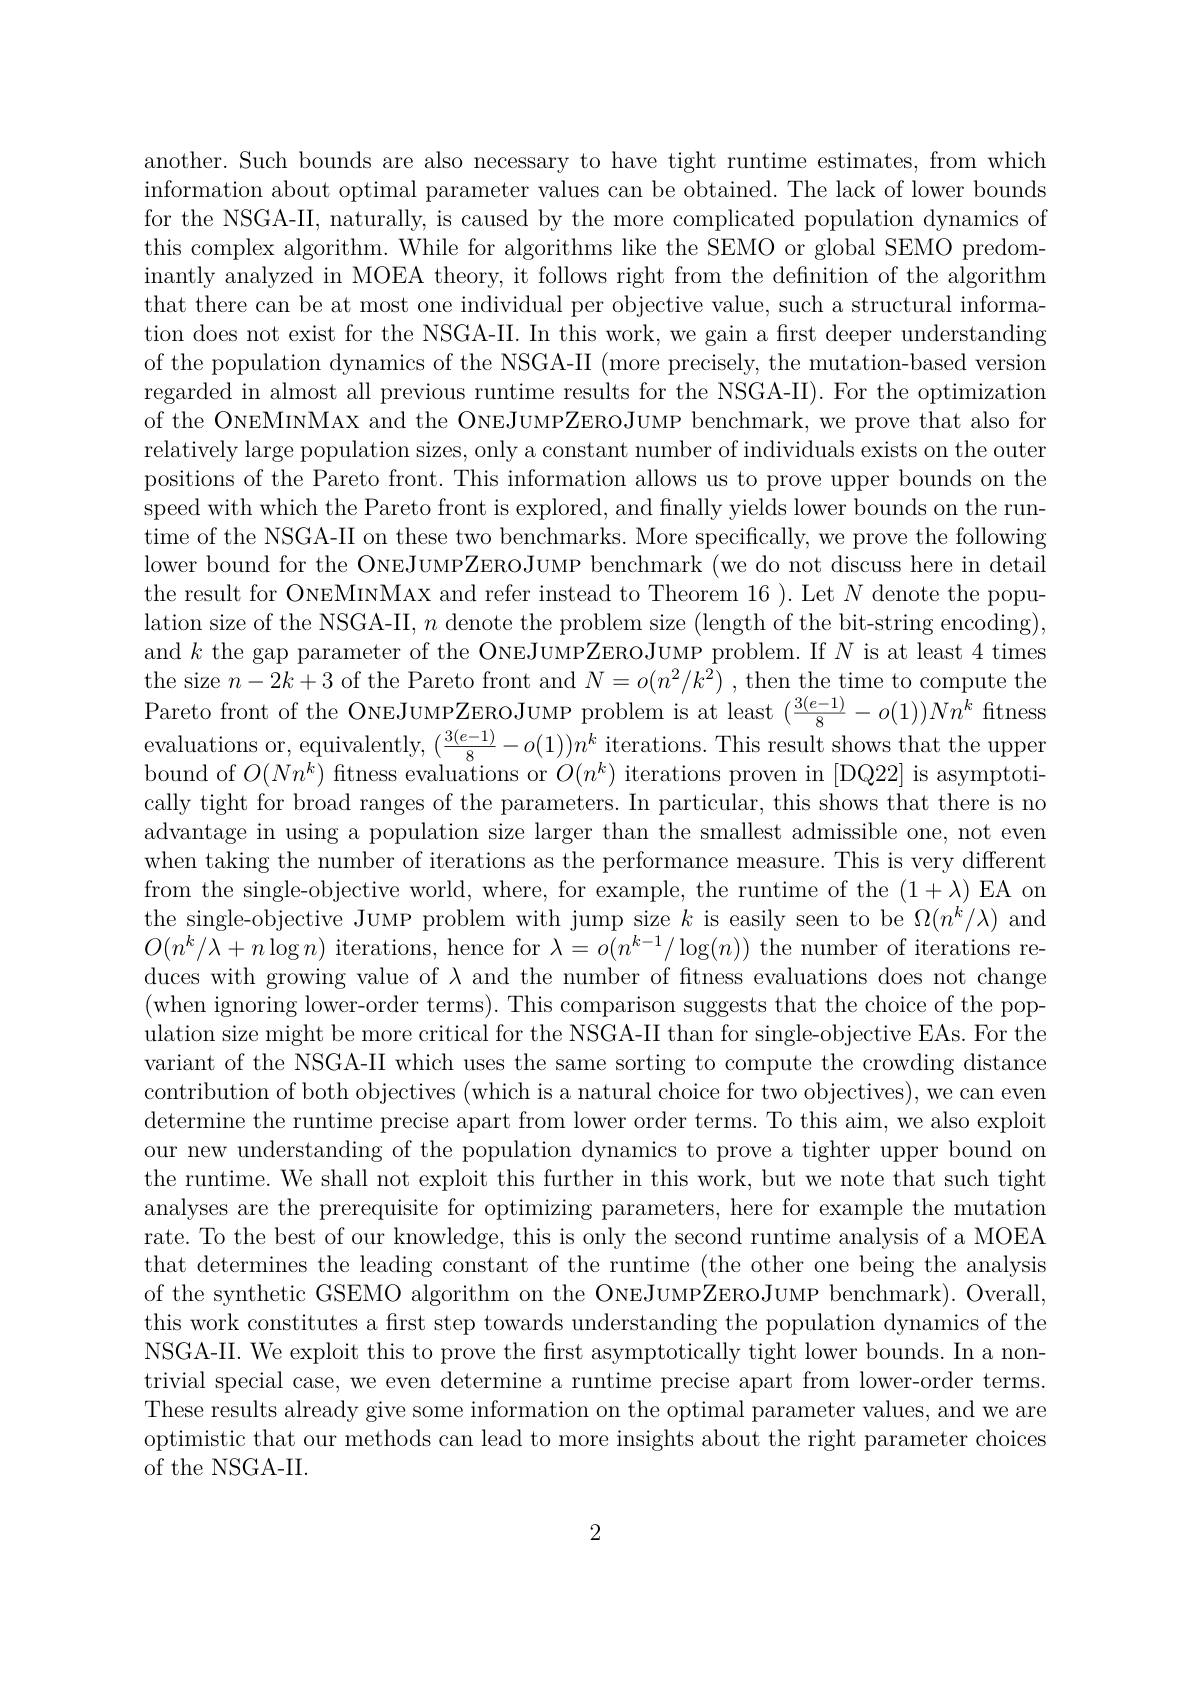
another. Such bounds are also necessary to have tight runtime estimates, from which information about optimal parameter values can be obtained. The lack of lower bounds for the NSGA-II, naturally, is caused by the more complicated population dynamics of this complex algorithm. While for algorithms like the SEMO or global SEMO predominantly analyzed in MOEA theory, it follows right from the defnition of the algorithm that there can be at most one individual per objective value, such a structural information does not exist for the NSGA-II. In this work, we gain a first deeper understanding of the population dynamics of the NSGA-II (more precisely, the mutation-based version regarded in almost all previous runtime results for the NSGA-II). For the optimization of the ONEMINMAX and the ONEJUMPZEROJUMP benchmark, we prove that also for relatively large population sizes, only a constant number of individuals exists on the outer positions of the Pareto front. This information allows us to prove upper bounds on the speed with which the Pareto front is explored, and finally yields lower bounds on the runtime of the NSGA-II on these two benchmarks. More specifically, we prove the following lower bound for the ONEJUMPZEROJUMP benchmark (we do not discuss here in detail the result for ONEMINMAX and refer instead to Theorem 16 ). Let $N$ denote the population size of the NSGA-II, $n$ denote the problem size (length of the bit-string encoding), and $k$ the gap parameter of the ONEJUMPZEROJUMP problem.If $N$ is at least 4 times the size $n-2k+3$ of the Pareto front and $N=o(n^2/k^2)$ , then the time to compute the Pareto front of the ONEJUMPZEROJUMP problem is at least $(\frac{3(e-1)}8-o(1))Nn^{\bar{k}}$ fitness evaluations or, equivalently, $(\frac{3(e-1)}{8}-o(1))n^k$ iterations. This result shows that the upper bound of $O(Nn^k)$ fitness evaluations or $O(n^k)$ iterations proven in [DQ22] is asymptotically tight for broad ranges of the parameters. In particular, this shows that there is no advantage in using a population size larger than the smallest admissible one, not even when taking the number of iterations as the performance measure. This is very different from the single-objective world, where, for example, the runtime of the $(1+\lambda)$ EA on the single-objective JUMP problem with jump size $k$ is easily seen to be $\Omega(n^{k}/\lambda)$ and $O(n^{k}/\lambda+n\log n)$ iterations, hence for $\lambda=o(n^{k-1}/\log(n))$ the number of iterations reduces with growing value of $\lambda$ and the number of ftness evaluations does not change (when ignoring lower-order terms). This comparison suggests that the choice of the population size might be more critical for the NSGA-II than for single-objective EAs. For the variant of the NSGA-II which uses the same sorting to compute the crowding distance contribution of both objectives (which is a natural choice for two objectives), we can even determine the runtime precise apart from lower order terms. To this aim, we also exploit our new understanding of the population dynamics to prove a tighter upper bound on the runtime. We shall not exploit this further in this work, but we note that such tight analyses are the prerequisite for optimizing parameters, here for example the mutation rate. To the best of our knowledge, this is only the second runtime analysis of a MOEA that determines the leading constant of the runtime (the other one being the analysis of the synthetic GSEMO algorithm on the ONEJUMPZEROJUMP benchmark). Overall, this work constitutes a first step towards understanding the population dynamics of the NSGA-II. We exploit this to prove the first asymptotically tight lower bounds. In a nontrivial special case, we even determine a runtime precise apart from lower-order terms. These results already give some information on the optimal parameter values, and we are optimistic that our methods can lead to more insights about the right parameter choices of the NSGA-II.

2